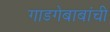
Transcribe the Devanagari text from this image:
गाडगेबाबांची